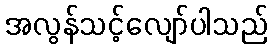
အလွန်သင့်လျော်ပါသည်